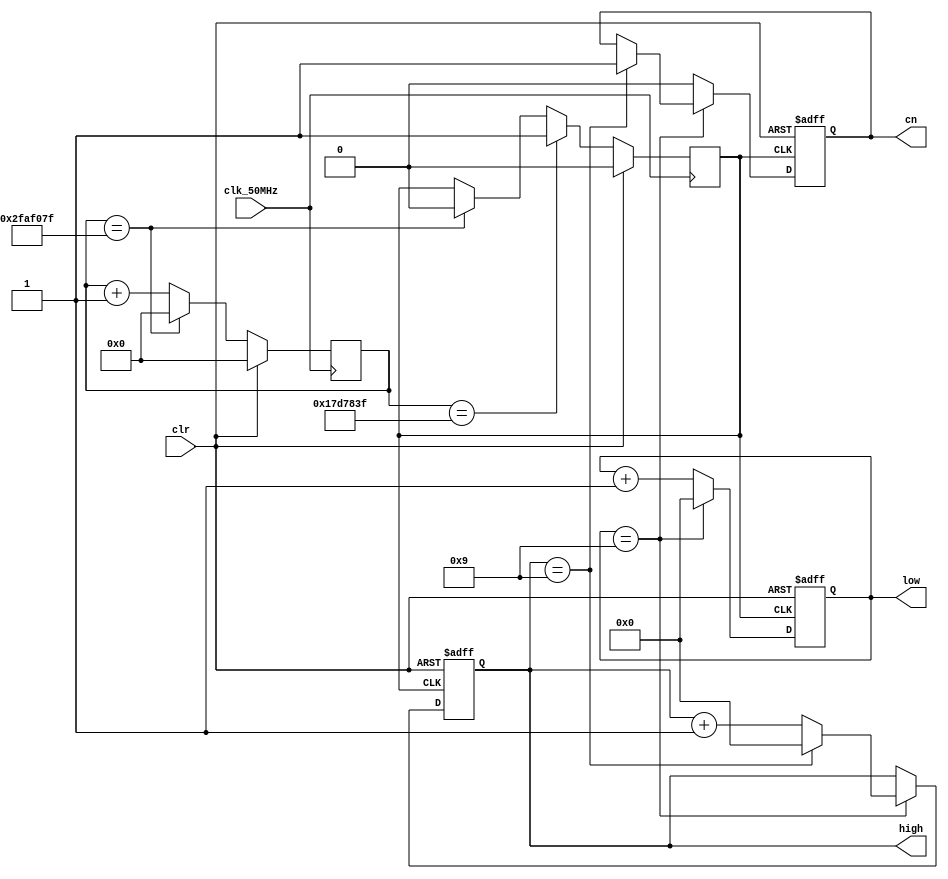
module freq_bcd ( high, low, cn, clr, clk_50MHz );
output [3:0] high, low;    // high: 4λ
                                          // low  : 4λ
output          cn;               // 4λĽλ
input            clr, clk_50MHz;
reg       [3:0] high, low;
reg                cn;
reg                clk_1Hz;
reg    [25:0]  count;
parameter    count_width = 49_999_999,
                      half_width    = 24_999_999;
always @ ( posedge clk_50MHz ) begin
      if ( clr ) begin
           count   <= 26'h000_0000;
      end
      else if ( count == count_width ) begin 
           count   <= 26'h000_0000;
      end
      else begin
           count   <= count + 23'h000_0001;
      end
end
always @ ( posedge clk_50MHz ) begin
      if ( clr ) begin
           clk_1Hz  <= 1'b0;
      end
      else if ( count == half_width ) begin 
           clk_1Hz   <= 1'b1;
      end
      else if ( count == count_width ) begin
           clk_1Hz   <= 1'b0;
      end
end
always @ ( posedge clk_1Hz or posedge clr ) begin 
      if ( clr ) begin
           cn            <= 0; 
           high[3:0] <= 0;
           low[3:0]  <= 0;
      end
      else begin   // 2ifǶ 
           if ( low[3:0]==9 ) begin                     
	          low[3:0] <= 0;
                 if ( high[3:0] == 9 ) begin
                      high[3:0] <= 0; 
                      cn             <= 1;  
                 end
                 else begin
                      high[3:0] <= high[3:0] + 1;
                 end
            end
            else begin
	           low[3:0]<=low[3:0]+1;cn<=0;
	      end
      end                        
end   	  
endmodule